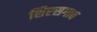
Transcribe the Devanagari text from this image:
शिरसगाव